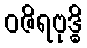
ဝဇိရဗုဒ္ဓိ